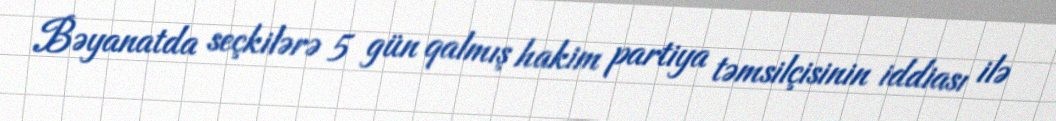
Bəyanatda seçkilərə 5 gün qalmış hakim partiya təmsilçisinin iddiası ilə